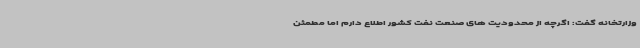
وزارتخانه گفت: اگرچه از محدودیت های صنعت نفت کشور اطلاع دارم اما مطمئن